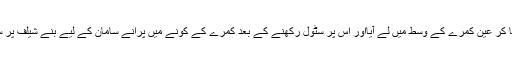
اطراف سے تسلی کر لینے کے بعد وہ کرسی اٹھا کر عین کمرے کے وسط میں لے آیااور اس پر سٹول رکھنے کے بعد کمرے کے کونے میں پرانے سامان کے لیے بنے شیلف پر سے حاصل کی گئی سوتر کی بنی رسّی اٹھا لایا۔